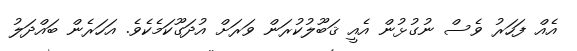
އެއް ފަހަރު ވެސް ނުގުޅުން އެއީ ޤަބޫލުކުރަން ވަރަށް އުދަގޫކަމެކެވެ. އަހަރެން ބައްދަލު